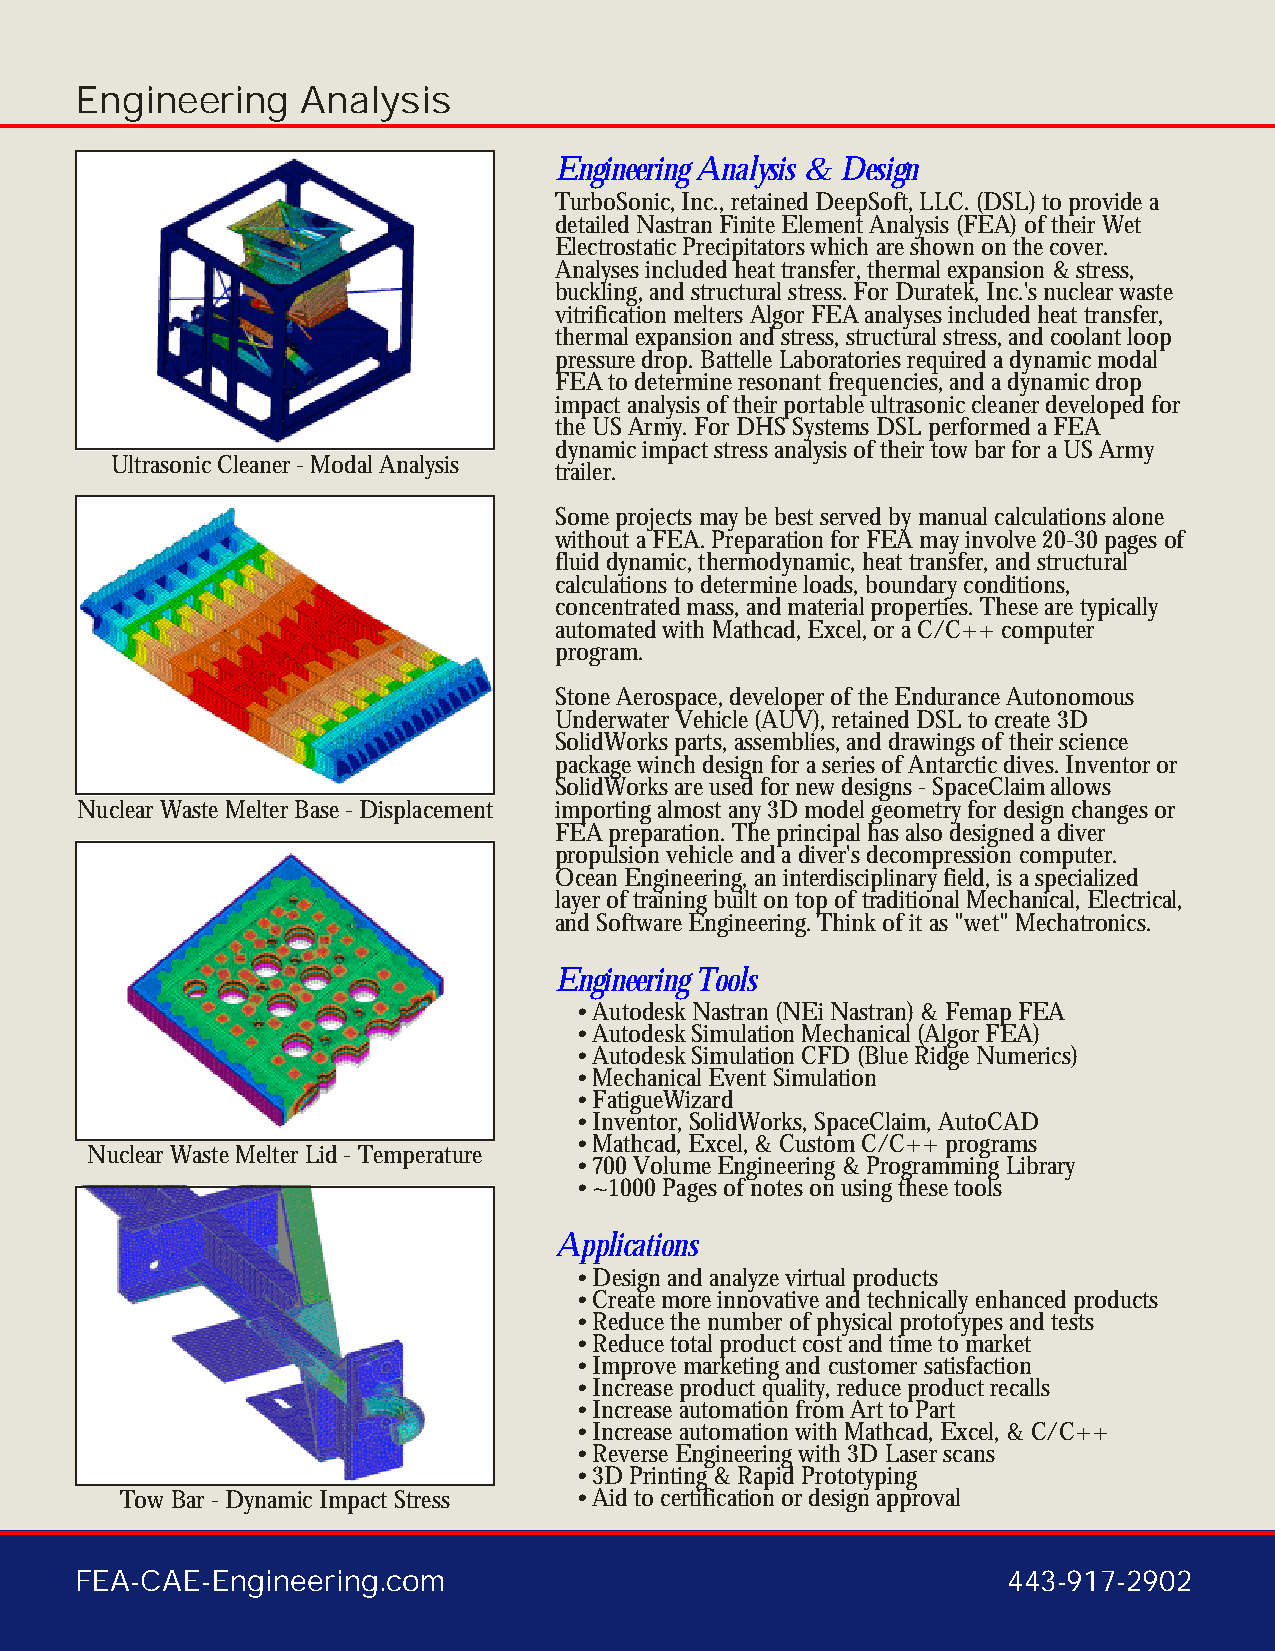
Engineering    Analysis
 Engineering Analysis & Design
 TurboSonic, Inc., retained DeepSoft, LLC. (DSL) to provide a
 detailed Nastran Finite Element Analysis (FEA) of their Wet
 Electrostatic Precipitators which are shown on the cover.
 Analyses included heat transfer, thermal expansion & stress,
 buckling, and structural stress. For Duratek, Inc.'s nuclear waste
 vitrification melters Algor FEA analyses included heat transfer,
 thermal expansion and stress, structural stress, and coolant loop
 pressure drop. Battelle Laboratories required a dynamic modal
 FEA to determine resonant frequencies, and a dynamic drop
 impact analysis of their portable ultrasonic cleaner developed for
 the US Army. For DHS Systems DSL performed a FEA
 dynamic impact stress analysis of their tow bar for a US Army
 Ultrasonic Cleaner - Modal Analysis
 trailer.
 Some projects may be best served by manual calculations alone
 without a FEA. Preparation for FEA may involve 20-30 pages of
 fluid dynamic, thermodynamic, heat transfer, and structural
 calculations to determine loads, boundary conditions,
 concentrated mass, and material properties. These are typically
 automated with Mathcad, Excel, or a C/C++ computer
 program.
 Stone Aerospace, developer of the Endurance Autonomous
 Underwater Vehicle (AUV), retained DSL to create 3D
 SolidWorks parts, assemblies, and drawings of their science
 package winch design for a series of Antarctic dives. Inventor or
 SolidWorks are used for new designs - SpaceClaim allows
 Nuclear Waste Melter Base - Displacement importing almost any 3D model geometry for design changes or
 FEA preparation. The principal has also designed a diver
 propulsion vehicle and a diver's decompression computer.
 Ocean Engineering, an interdisciplinary field, is a specialized
 layer of training built on top of traditional Mechanical, Electrical,
 and Software Engineering. Think of it as "wet" Mechatronics.
 Engineering Tools
 •Autodesk Nastran (NEi Nastran) & Femap FEA
 •Autodesk Simulation Mechanical (Algor FEA)
 •Autodesk Simulation CFD (Blue Ridge Numerics)
 •Mechanical Event Simulation
 •FatigueWizard
 •Inventor, SolidWorks, SpaceClaim, AutoCAD
 •Mathcad, Excel, & Custom C/C++ programs
 Nuclear Waste Melter Lid - Temperature
 •700 Volume Engineering & Programming Library
 •~1000 Pages of notes on using these tools
 Applications
 •Design and analyze virtual products
 •Create more innovative and technically enhanced products
 •Reduce the number of physical prototypes and tests
 •Reduce total product cost and time to market
 •Improve marketing and customer satisfaction
 •Increase product quality, reduce product recalls
 •Increase automation from Art to Part
 •Increase automation with Mathcad, Excel, & C/C++
 •Reverse Engineering with 3D Laser scans
 •3D Printing & Rapid Prototyping
 Tow Bar - Dynamic Impact Stress •Aid to certification or design approval
 FEA-CAE-Engineering.com                                       443-917-2902